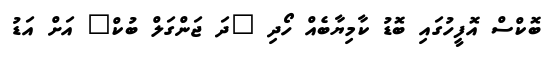
ބޮކްސް އޮފީހުގައި ބޮޑު ކާމިޔާބެއް ހޯދި "ދަ ޖަންގަލް ބުކް" އަށް އަޑު